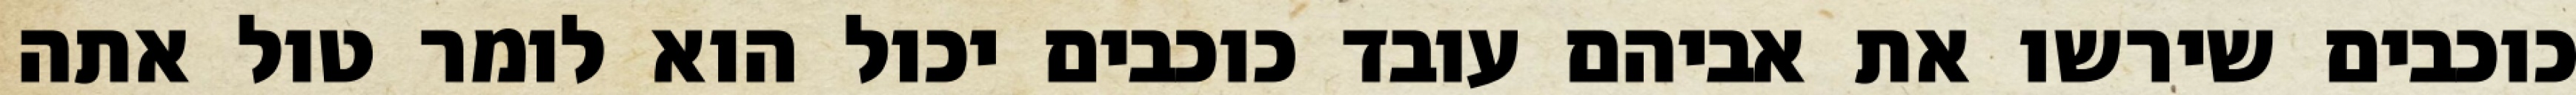
כוכבים שירשו את אביהם עובד כוכבים יכול הוא לומר טול אתה